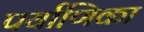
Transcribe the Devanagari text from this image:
पर्याणिका